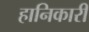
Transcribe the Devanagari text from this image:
हानिकारी